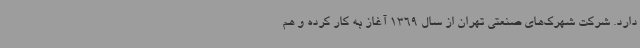
دارد. شرکت شهرک‌های صنعتی تهران از سال 1369 آغاز به کار کرده و هم